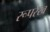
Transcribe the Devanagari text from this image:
रूपरेख